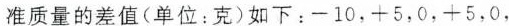
准质量的差值(单位：克)如下：-10，+5，0，+5，0，